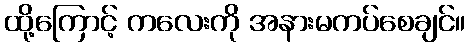
ထို့ကြောင့် ကလေးကို အနားမကပ်စေချင်။